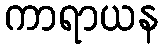
ကာရာယန